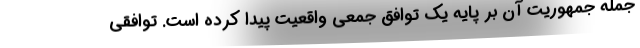
جمله جمهوریت آن بر پایه یک توافق جمعی واقعیت پیدا کرده است. توافقی